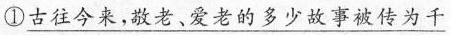
①\underline{古往今来，敬老、爱老的多少故事被传为千}